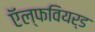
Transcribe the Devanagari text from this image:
ऍल्फवियर्ड